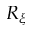
R _ { \xi }